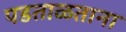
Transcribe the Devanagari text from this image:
पडताळताना